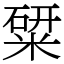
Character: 䊙